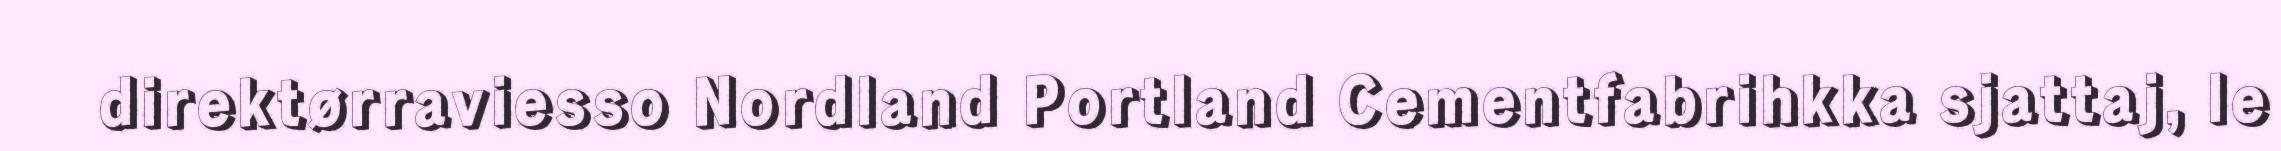
direktørraviesso Nordland Portland Cementfabrihkka sjattaj, le